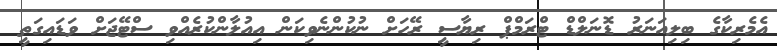
އެމެރިކާގެ ބިލިއަނަރު ޑޮނަލްޑް ޓްރަމްޕް ރިޔާސީ ރޭހަށް ނުކުންނެވިކަން އިއުލާންކުރެއްވި ސްޓޭޖަށް ވަޑައިިގަތީ